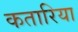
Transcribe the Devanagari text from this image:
कतारिया